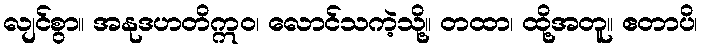
လျင်စွာ။ အနုဒဟတိဣဝ၊ လောင်သကဲ့သို့။ တထာ၊ ထို့အတူ။ ဧတာပိ၊